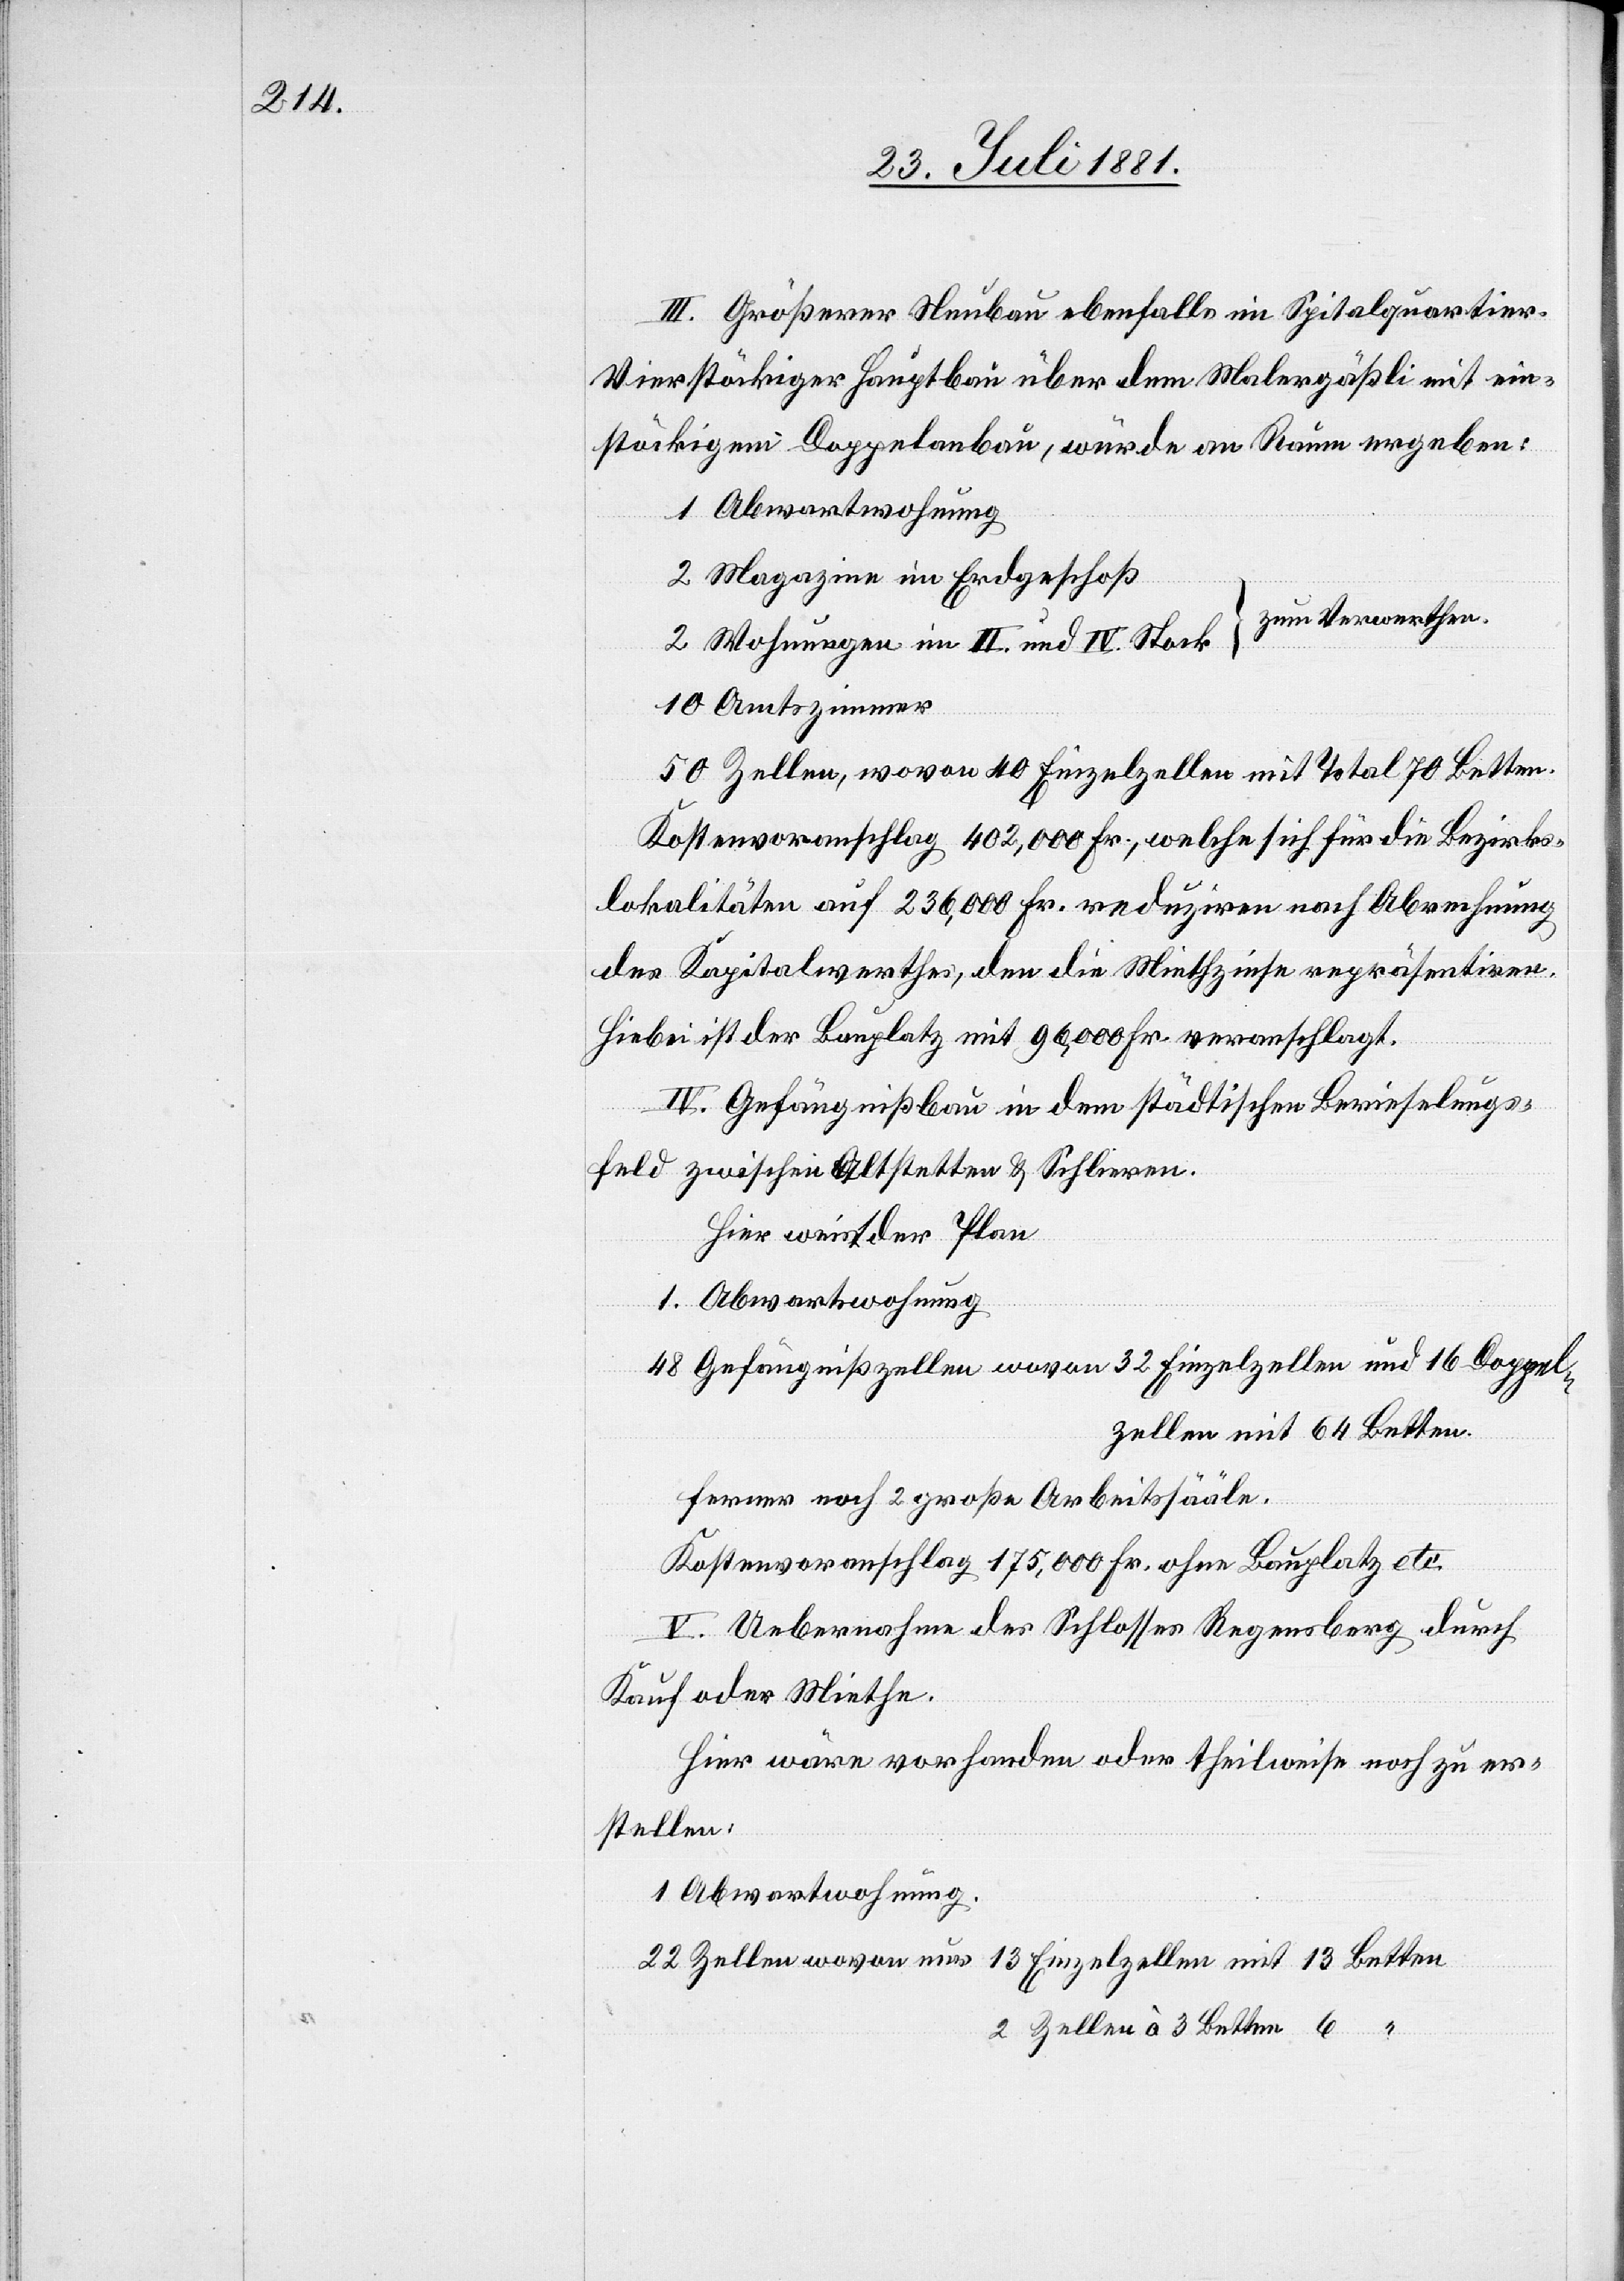
III. Größerer Neubau ebenfalls im Spitalquartier.
Vierstöckiger Hauptbau über dem Malergäßli mit ein¬
stöckigem Doppelanbau, würde an Raum ergeben:
Abwartswohnung
Magazine im Erdgeschoß
zum Verwerthen.
Wohnungen im III. und IV. Stock
Amtszimmer
Zellen, wovon 40 Einzelzellen mit Total 70 Betten.
Kostenvoranschlag 402,000 Fr., welche sich für die Bezirks¬
lokalitäten auf 236,000 Fr. reduziren nach Abrechnung
des Kapitalwerthes, den die Mietzinse repräsentiren.
Hiebei ist der Bauplatz mit 96,000 Fr. veranschlagt.
mit
IV. Gefängnißbau in dem städtischen Berieselungs¬
feld zwischen Affoltern & Schlieren.
Hier weist der Plan
Gefängnißzellen wovon 32 Einzelzellen und 16 Doppel¬
zellen mit 64 Betten.
Ferner noch 2 große Arbeitssääle.
Kostenvoranschlag 175,000 Fr. ohne Bauplatz etc.
V. Uebernahme des Schlosses Regensberg durch
Kauf oder Miete.
Hier wäre vorhanden oder theilweise noch zu er¬
stellen
2 Zellen à 3 Betten